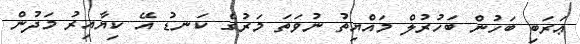
ޢަަރަބި ބަހުން ބަހުރުލް މައްޔިތު ނުވަތަ މަރުގެ ކަނޑު އޭ ކިޔާއިރު މަދުން